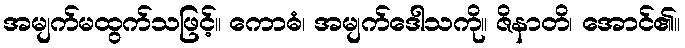
အမျက်မထွက်သဖြင့်။ ကောဓံ၊ အမျက်ဒေါသကို။ ဇိနာတိ၊ အောင်၏။